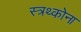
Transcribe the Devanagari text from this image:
स्त्रथ्कोना